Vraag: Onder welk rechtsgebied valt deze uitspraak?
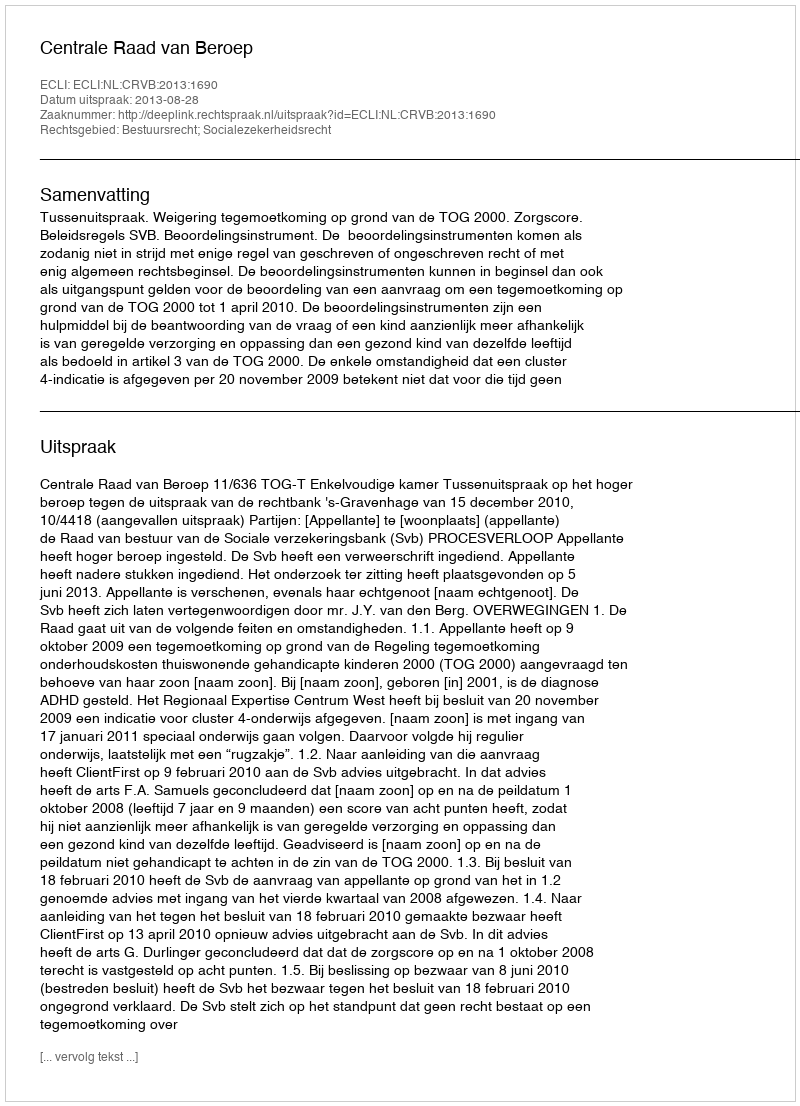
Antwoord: Bestuursrecht; Socialezekerheidsrecht